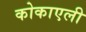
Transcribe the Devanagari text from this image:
कोकाएली